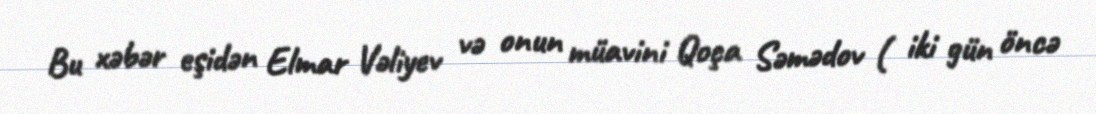
Bu xəbər eşidən Elmar Vəliyev və onun müavini Qoça Səmədov ( iki gün öncə